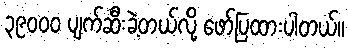
၃၉၀၀၀ ပျက်ဆီးခဲ့တယ်လို့ ဖော်ပြထားပါတယ်။